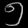
Digit: ၅